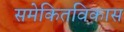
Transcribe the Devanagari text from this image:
समेकितविकास